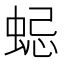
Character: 𧋷